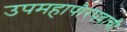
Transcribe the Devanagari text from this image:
उपमहापौरपदाची